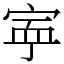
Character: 𡨴